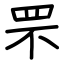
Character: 罘